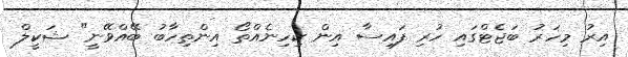
އިރު މިހަރު ބަޖެޓްގައި ހުރި ފައިސާ އިން ކިހިނެއްތޯ އިންތިހާބު ބޭއްވޭނީ" ޝަކީލް